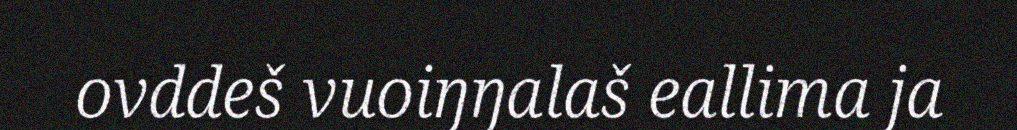
ovddeš vuoiŋŋalaš eallima ja